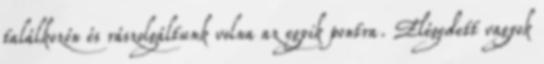
találkozón és rászolgáltunk volna az egyik pontra. Elégedett vagyok